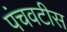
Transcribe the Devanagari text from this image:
पंचवटीस